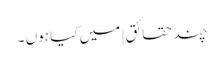
چند حقائق | میں کیا ہوں ۔